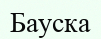
Бауска